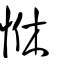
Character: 恘